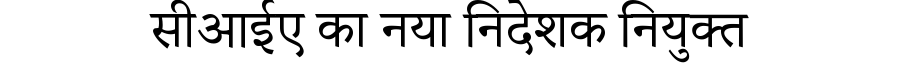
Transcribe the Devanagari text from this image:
सीआईए का नया निदेशक नियुक्त